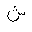
Letter: _shin